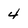
Character: 4